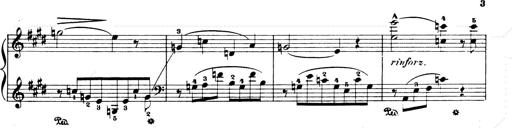
Title: Consolations and LiebestrÃ¤ume for the Piano
Composer: Franz Liszt